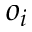
o _ { i }